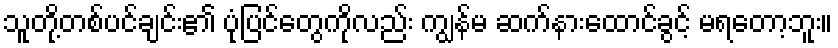
သူတို့တစ်ပင်ချင်း၏ ပုံပြင်တွေကိုလည်း ကျွန်မ ဆက်နားထောင်ခွင့် မရတော့ဘူး။